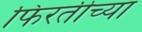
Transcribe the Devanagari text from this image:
फिरतीच्या